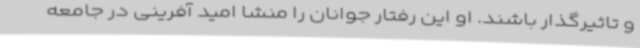
و تاثیرگذار باشند. او این رفتار جوانان را منشا امید آفرینی در جامعه